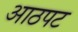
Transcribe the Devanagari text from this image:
आठपट